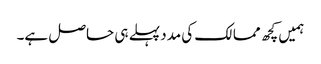
ہمیں کچھ ممالک کی مدد پہلے ہی حاصل ہے۔